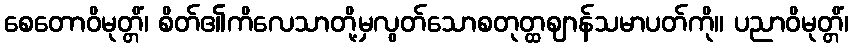
စေတောဝိမုတ္တိံ၊ စိတ်၏ကိလေသာတို့မှလွတ်သောစတုတ္ထဈာန်သမာပတ်ကို။ ပညာဝိမုတ္တိံ၊